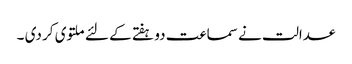
عدالت نے سماعت دو ہفتے کے لئے ملتوی کر دی ۔